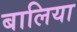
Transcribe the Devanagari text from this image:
बालिया